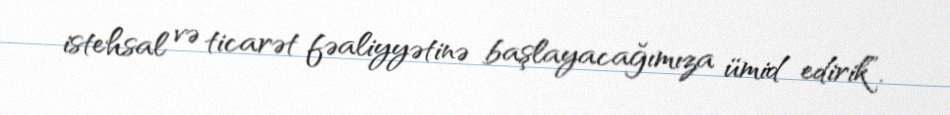
istehsal və ticarət fəaliyyətinə başlayacağımıza ümid edirik”.